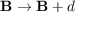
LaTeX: \mathbf { B } \rightarrow \mathbf { B } + d \mathbf { \alpha }